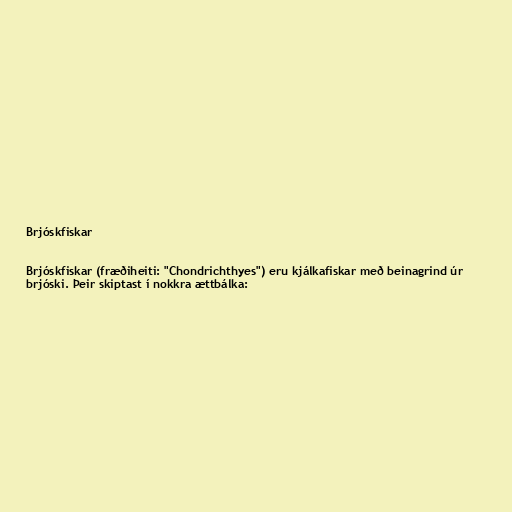
Brjóskfiskar

Brjóskfiskar (fræðiheiti: "Chondrichthyes") eru kjálkafiskar með beinagrind úr
brjóski. Þeir skiptast í nokkra ættbálka: